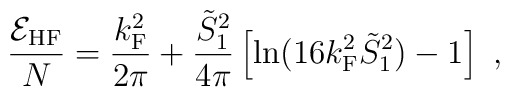
\frac{{\cal E}_{\rm HF}}{N} = \frac{k_{\rm F}^2}{2\pi} + \frac{\tilde{S}_1^2}{4\pi}\left[ \ln(16 k_{\rm F}^2 \tilde{S}_1^2) -1 \right] \ ,